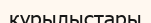
қүрылыстары